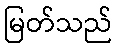
မြတ်သည်